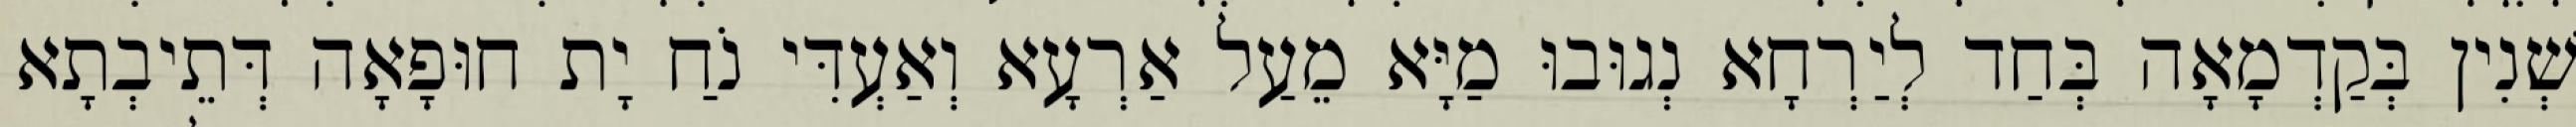
שְׁנִין בְּקַדְמָאָה בְּחַד לְיַרְחָא נְגוּבוּ מַיָּא מֵעַל אַרְעָא וְאַעְדִּי נֹחַ יָת חוּפָאָה דְּתֵיבְתָא